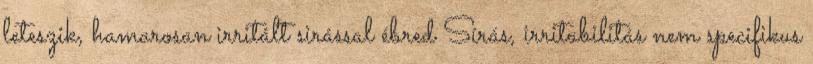
leteszik, hamarosan irritált sirással ébred Sírás, irritabilitás nem specifikus